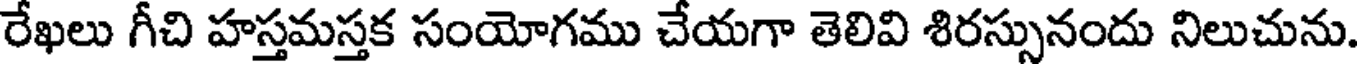
రేఖలు గీచి హస్తమస్తక సంయోగము చేయగా తెలివి శిరస్సునందు నిలుచును.